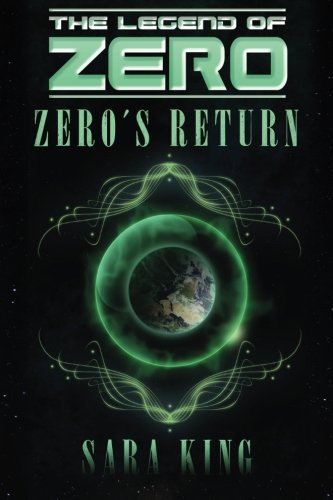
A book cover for Zero's Return (The Legend of ZERO); Sara King; Science Fiction & Fantasy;